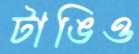
টাঙিও